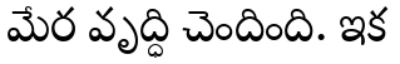
మేర వృద్ధి చెందింది. ఇక